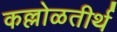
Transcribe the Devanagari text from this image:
कल्लोळतीर्थ